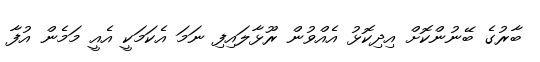
ބާރުގެ ބޭނުންކޮށް އިދިކޮޅު އެއްވުން ރޫޅާލައިފި ނަމަ އެކަމަކީ އެއީ މަމެން އުފާ